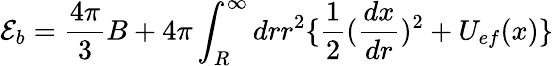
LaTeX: {\cal E}_{b}=\frac{4\pi}{3}B+4\pi\int_{R}^{\infty}drr^{2}\{ \frac{1}{2}(\frac{dx}{dr})^{2}+U_{ef}(x)\}